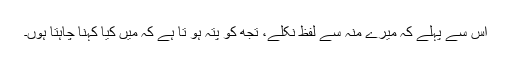
اِس سے پہلے کہ میرے مُنہ سے لفظ نکلے، تُجھ کو پتہ ہو تا ہے کہ میں کیا کہنا چاہتا ہوں۔